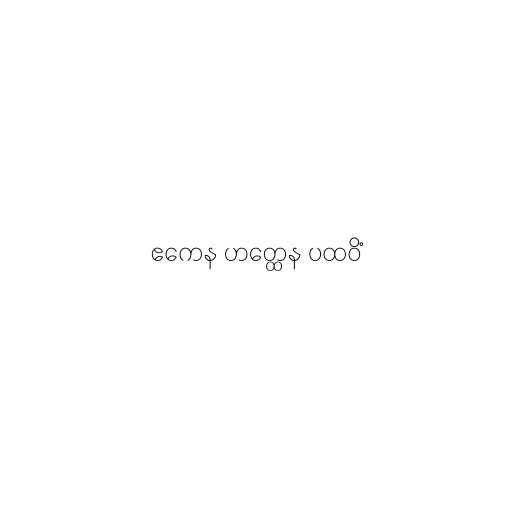
ဧကေန ဟတ္ထေန ပထဝိံ